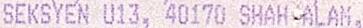
SEKSYEN U13, 40170 SHAH ALAM,